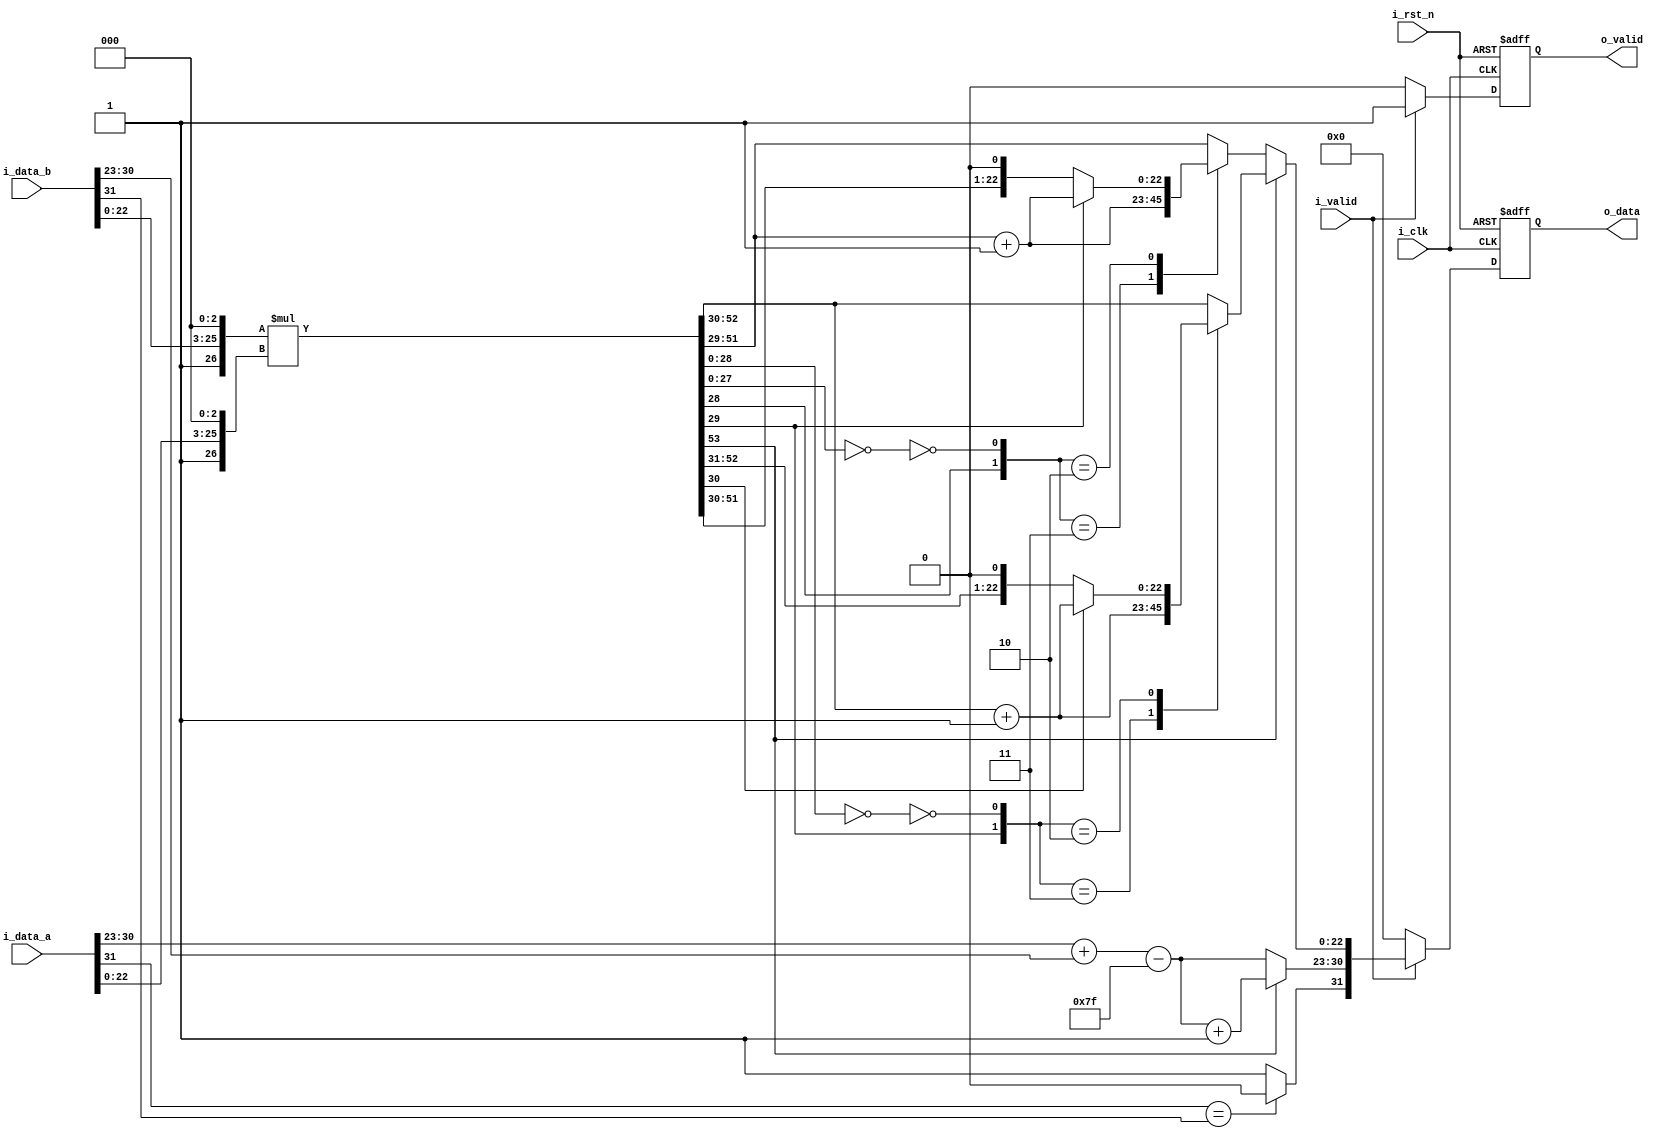
module MUL #(
    parameter DATA_WIDTH = 32
)(
    input                   i_clk,
    input                   i_rst_n,
    input  [DATA_WIDTH-1:0] i_data_a,
    input  [DATA_WIDTH-1:0] i_data_b,
    input                   i_valid,
    output [DATA_WIDTH-1:0] o_data,
    output                  o_valid
);


    reg [DATA_WIDTH-1:0] o_data_w, o_data_r;
    reg                  o_valid_w, o_valid_r;
    reg                  i_s_a, i_s_b, s_a, s_b, s_data;
    reg [7:0]            i_e_a, i_e_b, e_a, e_b, e_data, e_diff;
    reg [26:0]           i_f_a, i_f_b, f_a, f_b;
    reg [53:0]           mul;
    reg [22:0]           f_data;
    
    integer i;

    assign o_data = o_data_r;
    assign o_valid = o_valid_r;


    always @(*) begin
        if (i_valid) begin
            o_valid_w = 1;
            
            // unpack
            i_s_a = i_data_a[31];
            i_s_b = i_data_b[31];
            i_e_a = i_data_a[30:23];
            i_e_b = i_data_b[30:23];
            i_f_a = {1'b1, i_data_a[22:0], 3'b000};
            i_f_b = {1'b1, i_data_b[22:0], 3'b000};

            // mul don't need to allign
            s_a = i_s_a;
            s_b = i_s_b;

            e_diff = 0;
            e_b = i_e_b;
            e_a = i_e_a;
            f_b = i_f_b;
            f_a = i_f_a;

            // mul
            s_data = (s_a == s_b) ? 0 : 1;
            mul = f_b * f_a;

            // normalize and round
            if (mul[53]) begin
                e_data = e_a + e_b -127 + 1;
                case ({mul[29], ~(mul[28:0] == 0)})
                    2'b11: begin
                        f_data = mul[52:30] + 1;
                    end
                    2'b10: begin
                        f_data = mul[30] ? mul[52:30] + 1 : mul[52:30];
                    end
                    default: begin
                        f_data = mul[52:30];
                    end
                endcase
            end else begin
                e_data = e_a + e_b - 127;
                case ({mul[28], ~(mul[27:0] == 0)})
                    2'b11: begin
                        f_data = mul[51:29] + 1;
                    end
                    2'b10: begin
                        f_data = mul[29] ? mul[51:29] + 1 : mul[51:29];
                    end
                    default: begin
                        f_data = mul[51:29];
                    end
                endcase
            end

            // unpack
            o_data_w = {s_data, e_data, f_data};
        end else begin
            o_data_w = 0;
            o_valid_w = 0;
        end
    end


    always @(posedge i_clk or negedge i_rst_n) begin
        if (~i_rst_n) begin
            o_valid_r <= 0;
            o_data_r <= 0;
        end else begin
            o_valid_r <= o_valid_w;
            o_data_r <= o_data_w;
        end
    end

endmodule